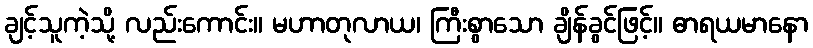
ချင့်သူကဲ့သို့ လည်းကောင်း။ မဟာတုလာယ၊ ကြီးစွာသော ချိန်ခွင်ဖြင့်။ ဓာရယမာနော